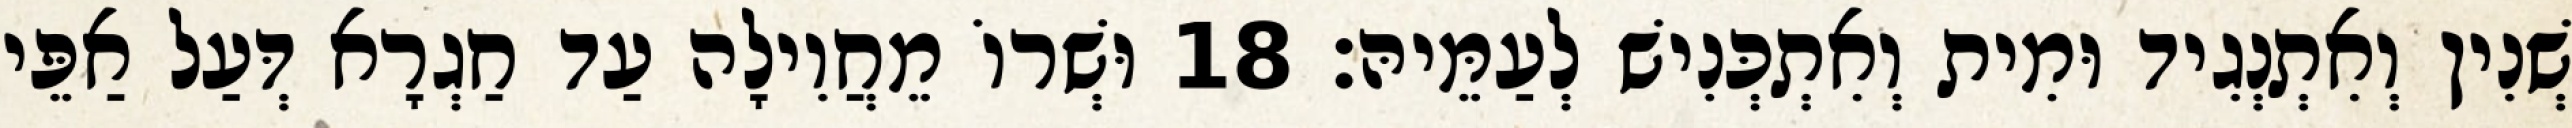
שְׁנִין וְאִתְנְגִיד וּמִית וְאִתְכְּנִישׁ לְעַמֵּיהּ׃ 18 וּשְׁרוֹ מֵחֲוִילָה עַד חַגְרָא דְּעַל אַפֵּי